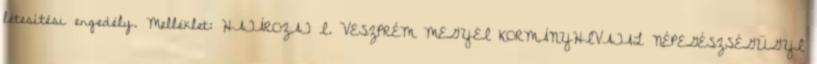
létesítési engedély. Melléklet: HATÁROZAT I. VESZPRÉM MEGYEI KORMÁNYHIVATAL NÉPEGÉSZSÉGÜGYI